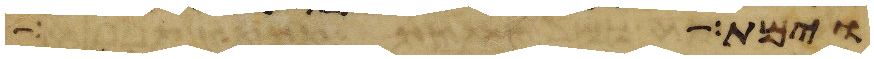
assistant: וימת הרן